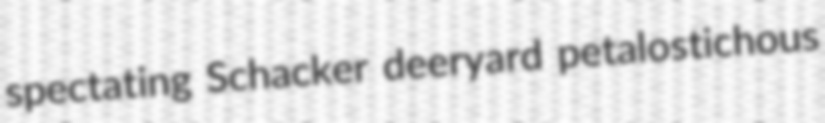
spectating Schacker deeryard petalostichous